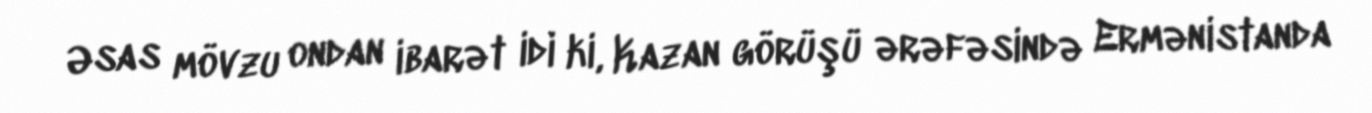
Əsas mövzu ondan ibarət idi ki, Kazan görüşü ərəfəsində Ermənistanda